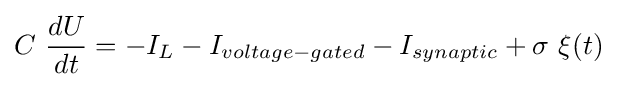
C~{dU \over dt}=-I_{L}-I_{voltage-gated}-I_{synaptic}+\sigma ~\xi (t)